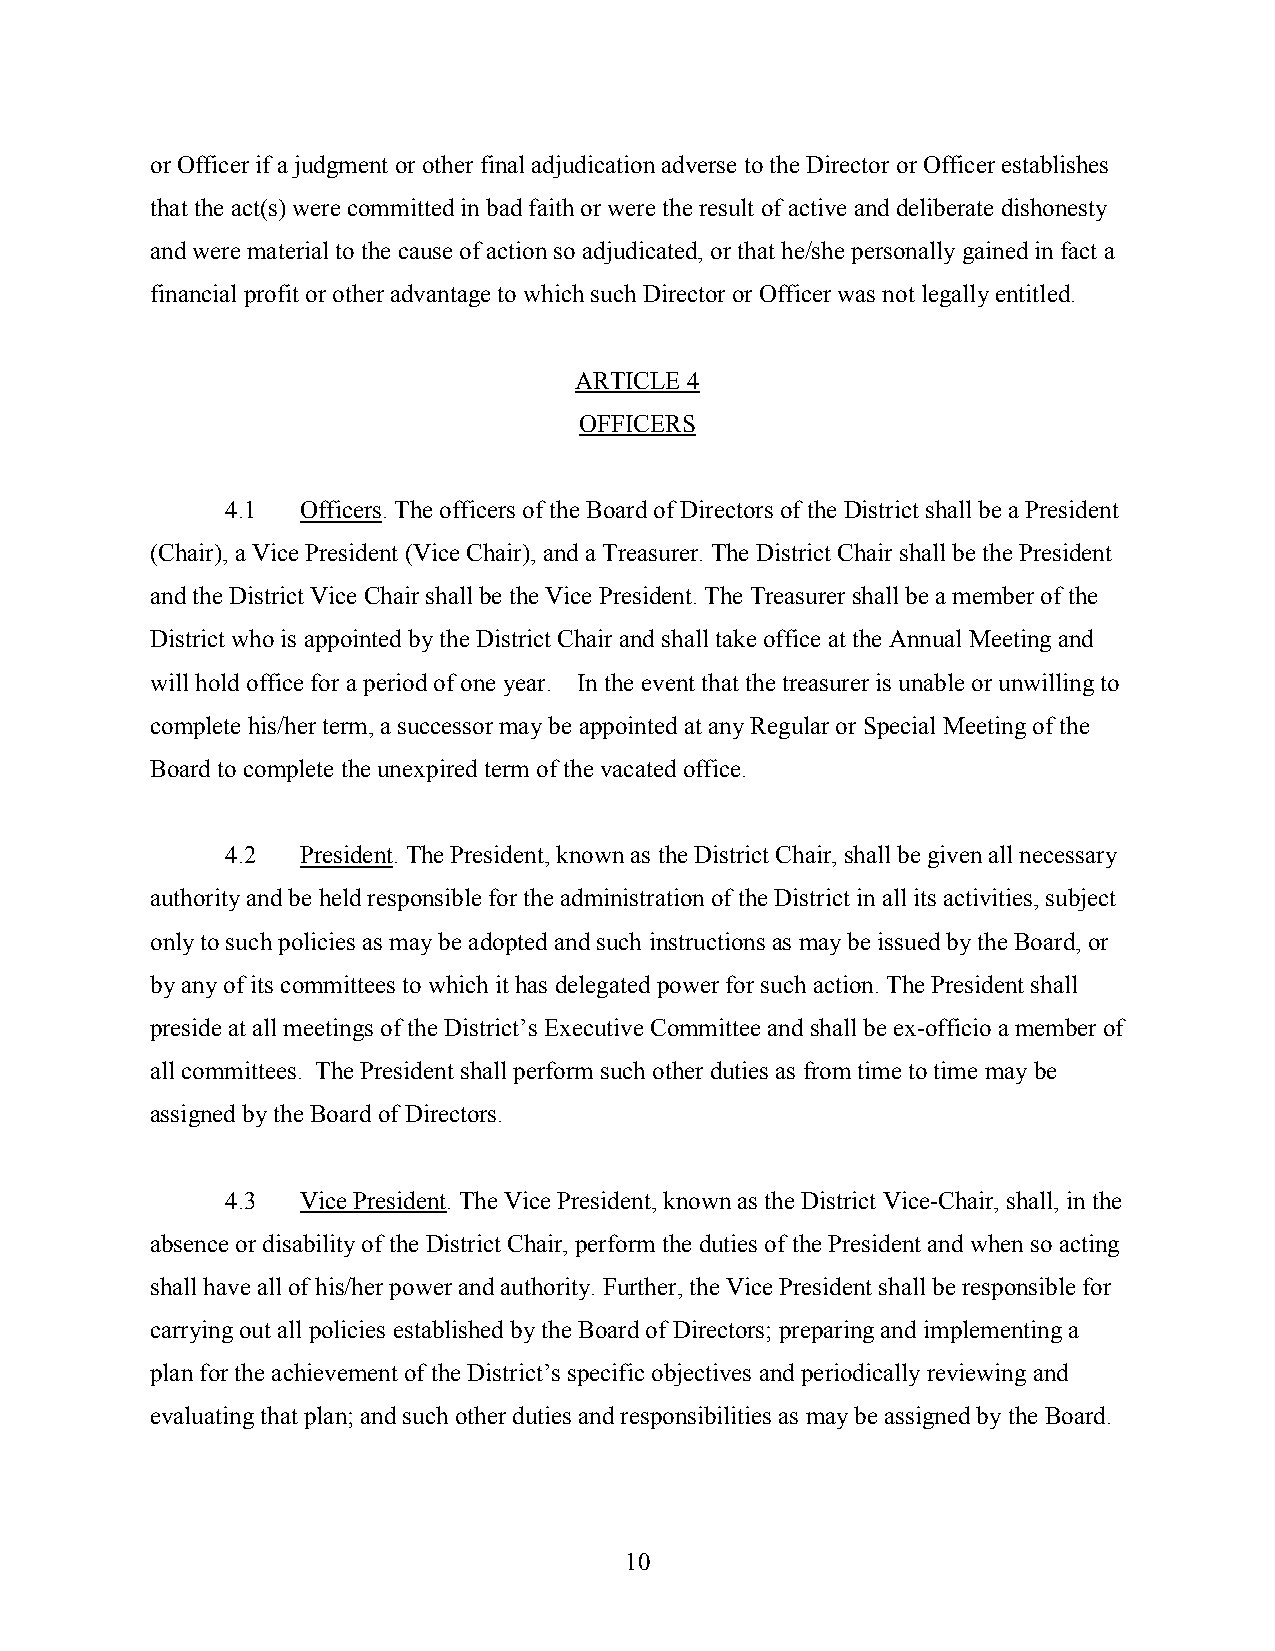
or Officer if a judgment or other final adjudication adverse to the Director or Officer establishes
 that the act(s) were committed in bad faith or were the result of active and deliberate dishonesty
 and were material to the cause of action so adjudicated, or that he/she personally gained in fact a
 financial profit or other advantage to which such Director or Officer was not legally entitled.
 ARTICLE 4
 OFFICERS
 4.1  Officers. The officers of the Board of Directors of the District shall be a President
 (Chair), a Vice President (Vice Chair), and a Treasurer. The District Chair shall be the President
 and the District Vice Chair shall be the Vice President. The Treasurer shall be a member of the
 District who is appointed by the District Chair and shall take office at the Annual Meeting and
 will hold office for a period of one year. In the event that the treasurer is unable or unwilling to
 complete his/her term, a successor may be appointed at any Regular or Special Meeting of the
 Board to complete the unexpired term of the vacated office.
 4.2  President. The President, known as the District Chair, shall be given all necessary
 authority and be held responsible for the administration of the District in all its activities, subject
 only to such policies as may be adopted and such instructions as may be issued by the Board, or
 by any of its committees to which it has delegated power for such action. The President shall
 preside at all meetings of the District’s Executive Committee and shall be ex-officio a member of
 all committees. The President shall perform such other duties as from time to time may be
 assigned by the Board of Directors.
 4.3  Vice President. The Vice President, known as the District Vice-Chair, shall, in the
 absence or disability of the District Chair, perform the duties of the President and when so acting
 shall have all of his/her power and authority. Further, the Vice President shall be responsible for
 carrying out all policies established by the Board of Directors; preparing and implementing a
 plan for the achievement of the District’s specific objectives and periodically reviewing and
 evaluating that plan; and such other duties and responsibilities as may be assigned by the Board.
 10